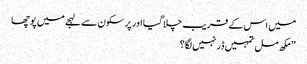
میں اس کے قریب چلا گیا اور پر سکون سے لہجے میں پوچھا
” مکھ مل تمہیں ڈر نہیں لگا؟